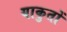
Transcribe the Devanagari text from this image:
याकुतों